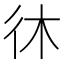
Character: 𫹎